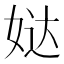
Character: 𰌄